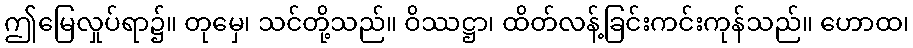
ဤမြေလှုပ်ရာ၌။ တုမှေ၊ သင်တို့သည်။ ဝိဿဋ္ဌာ၊ ထိတ်လန့်ခြင်းကင်းကုန်သည်။ ဟောထ၊